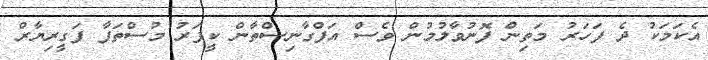
އެކަމަކު ދެ ފަހަރު މަތިން ފޮނުވާލުމުން ވެސް އަފްގާނިސްތާން ކީޕަރު މުސްތަފާ ފަގީރިޔާރް